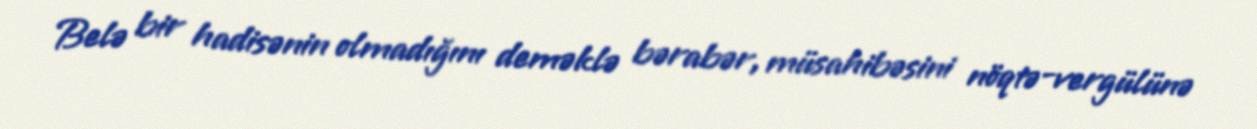
Belə bir hadisənin olmadığını deməklə bərabər, müsahibəsini nöqtə-vergülünə